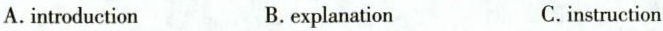
A.introduction B.explanation C.instruction